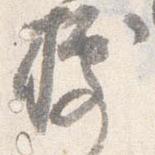
據